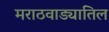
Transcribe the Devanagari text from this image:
मराठवाड्यातिल